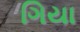
ગિયા